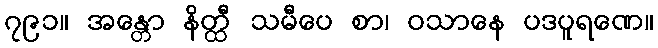
၇၉၁။ အန္တော နိတ္ထီ သမီပေ စာ၊ ဝသာနေ ပဒပူရဏေ။